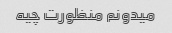
میدونم منظورت چیه